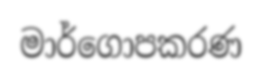
මාර්ගොපකරණ